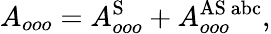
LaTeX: A_{ooo}=A_{ooo}^{\mathrm{S}}+A_{ooo}^{\mathrm{AS\ abc}},